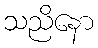
သညိနော